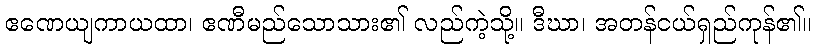
ဧဏေယျကာယထာ၊ ဧဏီမည်သောသား၏ လည်ကဲ့သို့။ ဒီဃာ၊ အတန်ငယ်ရှည်ကုန်၏။